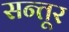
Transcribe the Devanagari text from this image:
सन्तूर